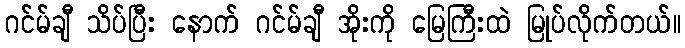
ဂင်မ်ချီ သိပ်ပြီး နောက် ဂင်မ်ချီ အိုးကို မြေကြီးထဲ မြုပ်လိုက်တယ်။